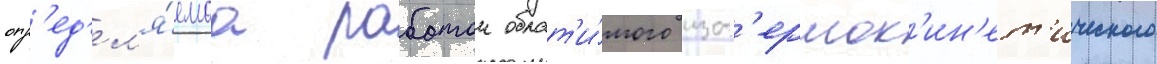
опр'ед'ел'я́емаа работои обрат'и́мого изот'ермок'ин'ет'ического